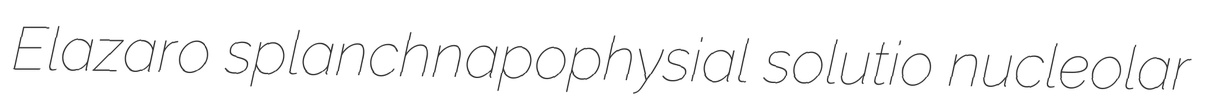
Elazaro splanchnapophysial solutio nucleolar